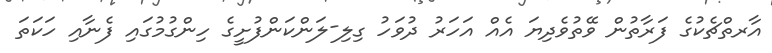
އާރތްޗެކުގެ ފަރާތުން ވޭތުވެދިޔަ އެއް އަހަރު ދުވަހު ގިލި-ލަންކަންފުށީގެ ހިންގުމުގައި ފެނާއި ހަކަތަ